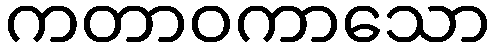
ကတာဝကာသော